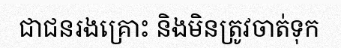
ជាជនរងគ្រោះ និងមិនត្រូវចាត់ទុក